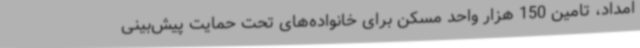
امداد، تامین 150 هزار واحد مسکن برای خانواده‌های تحت حمایت پیش‌بینی